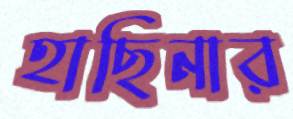
হাছিনার